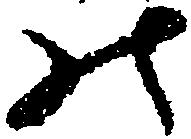
の